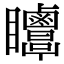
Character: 𥍗